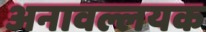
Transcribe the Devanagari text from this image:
अनावल्लयक